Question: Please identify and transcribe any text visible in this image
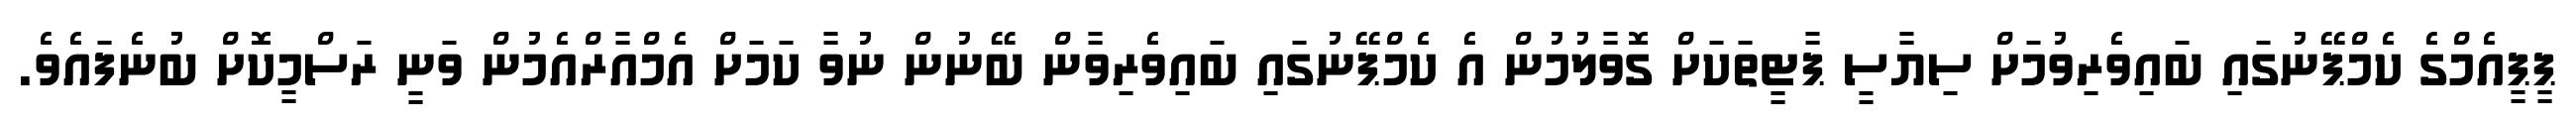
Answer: ޕީޕީއެމްގެ ކެމްޕޭނުގައި ބައިވެރިވުމަށް ސިޔާސީ ޕާޓީތަކަށް ގޮވާލުމުން އެ ކެމްޕޭނުގައި ބައިވެރިވާން ބޭނުން ނުވާ ކަމަށް އެމްއާރްއެމުން ވަނީ ރަސްމީކޮށް ބުނެފައެވެ.